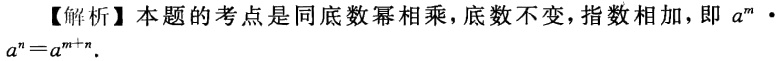
【解析】本题的考点是同底数幂相乘，底数不变，指数相加，即 \(a^{m}\cdot a^{n}=a^{m + n}\).